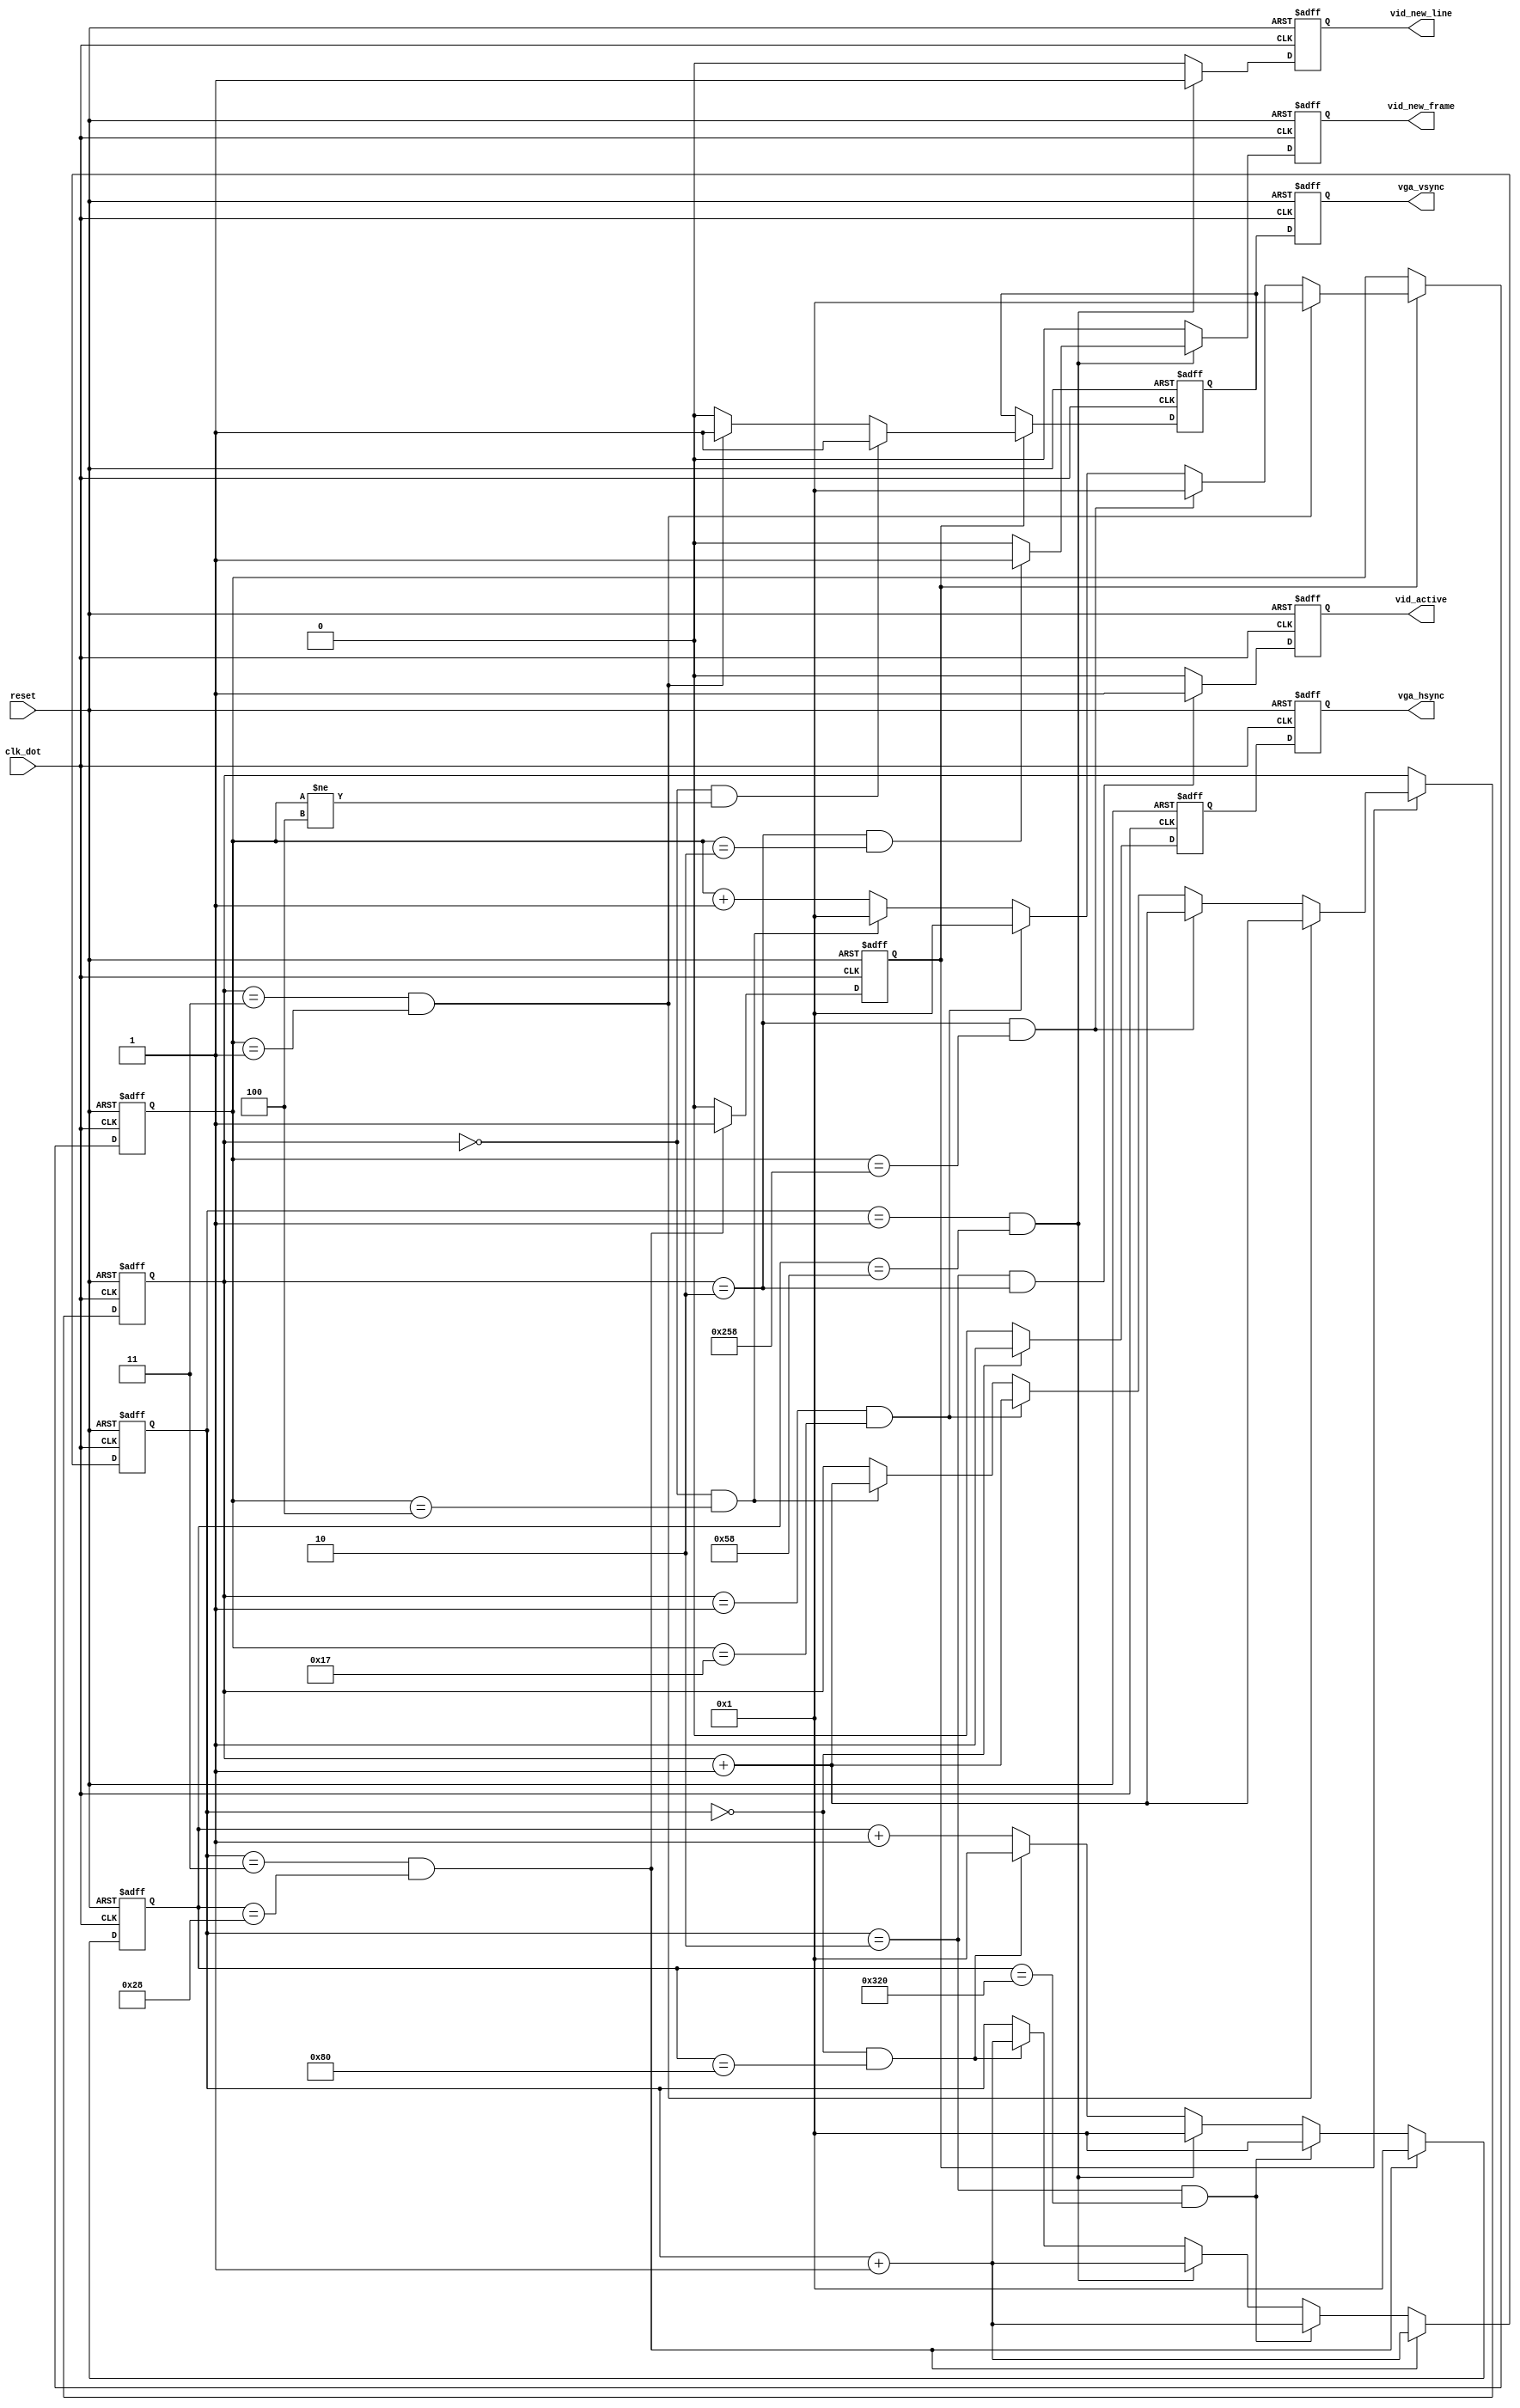
/* ****************************************************************************
-- (C) Copyright 2013 Kevin M. Hubbard @ Black Mesa Labs - All rights reserved.
-- Source file: vga_timing.v         
-- Date:        April 20, 2013
-- Author:      khubbard
-- Description: Generate Analog VGA Timing signals
-- Language:    Verilog-2001 and VHDL-1993
-- Simulation:  Mentor-Modelsim 
-- Synthesis:   Xilinst-XST 
-- License:     This project is licensed with the CERN Open Hardware Licence
--              v1.2.  You may redistribute and modify this project under the
--              terms of the CERN OHL v.1.2. (http://ohwr.org/cernohl).
--              This project is distributed WITHOUT ANY EXPRESS OR IMPLIED
--              WARRANTY, INCLUDING OF MERCHANTABILITY, SATISFACTORY QUALITY
--              AND FITNESS FOR A PARTICULAR PURPOSE. Please see the CERN OHL
--              v.1.2 for applicable Conditions.
--                               
-- Binary              
--      --------  2.5V  ----------  4V          Node
--     |  FPGA  |----->| 74ACT245 |----[220ohm]--+--[100ohm]-GND : Red  0,0.7V
--     |        |----->|          |----[220ohm]--+--[100ohm]-GND : Grn  0,0.7V
--     |        |----->|          |----[220ohm]--+--[100ohm]-GND : Blu  0,0.7V
--     |        |----->|          |------------------------------> HSYNC   
--     |        |----->|  VCC=5V  |------------------------------> VSYNC   
--      --------        ----------              
--
-- 2 Shades
--           R(0)----->| 74ACT245 |----[560ohm]--+--[100ohm]-GND : Red at +
--           R(1)----->|          |----[560ohm]--+               : Grn at +
--
-- Note: Monitor has 75 termination for all signals, so the resistor divider
--       was adjusted to get 0.7V Max on the line. Assert R(0) and R(1) for
--       bright Red, or just one for a dimmer Red.
--
-- Video Timing:
--                |-BP-|Active Video|-FP|   
--       SYNC __/ \_____________________/ \_
--
--                       HSYNC BP   H    FP  Htotal  VSYNC BP  V    FP Vtotal
-- 800x600    40MHz 60Hz 128   88  800   40  1056    4     23 600   1  628
-- 1024x768   65MHz 60Hz 136   160 1024  24  1344    6     29 768   3  806 
-- 1280x1024 108MHz 60Hz 112   248 1280  48  1688    3     38 1024  1  1066
--  640x1024  54MHz 60Hz  56   124  640  24   844    3     38 1024  1  1066
--
-- Odd - Does this work ??
-- 800x480    40MHz 45Hz 128   88  800  127  1143    128   32 480  127 767
--
-- Note: 40 / 10 = 4 x 27 = 108
-- 
-- ----------------------------------------------------------------------------
-- The pinout for a standard 15-pin VGA-out connector Monitor side (male plug):
-- 
-- /----------------------------------------------\
-- \        1      2      3      4      5         /
--  \                                            /
--   \   6     7      8      9      10          /
--    \                                        /
--     \   11     12     13     14     15     /
--      \------------------------------------/
--
-- 1:  Red Video    0 - 0.7V
-- 2:  Green Video  0 - 0.7V
-- 3:  Blue Video   0 - 0.7V
-- 4:  Monitor ID 2 (To video card from monitor)
-- 5:  TTL Ground (Monitor self-test, used for testing purposes only)
--
-- 6:  Red Analog Ground
-- 7:  Green Analog Ground
-- 8:  Blue Analog Ground
-- 9:  Key (Plugged hole, not used for electronic signals)
-- 10: Sync Ground (For both sync pins)
--
-- 11: Monitor ID 0 (To video card from monitor)
-- 12: Monitor ID 1 (To video card from monitor)
-- 13: Horizontal Sync (To monitor from video card) 0 or 5.0V
-- 14: Vertical Sync (To monitor from video card)   0 or 5.0V
-- 15: Monitor ID 3 (To video card from monitor)
--
--
-- vid_active    ___/     \_____/     \____/     \______/  ....   / \___/ \___
-- vid_new_frame _/ \___________________________________________________/ \___
-- vid_new_line  _/ \________/ \_________/ \_________/ \__ .... / \_____/ \___
--                 0          1           2           3        1023
--
-- VGA to HDMI Converter $25 from Amazon
-- IO Crest VGA to HDMI Convertor with Audio support (SY-ADA31025). 
-- Supports Resolutions:
--   800x600   
--  1024x768 1280x720 1280x800 1280x960 1280x1024
--  1360x768
--  1600x900 1600x1200 1680x1050
--  1920x1080
--
-- Lilliput 7" 669GL LCD Display
-- Native Resolution 800x480. Accepts HDMI 1920x1080
--
-- Revision History:
-- Ver#  When      Who      What
-- ----  --------  -------- ---------------------------------------------------
-- 0.1   06.20.08  khubbard Creation
-- ***************************************************************************/
`default_nettype none // Strictly enforce all nets to be declared


module vga_timing
 (
   input  wire         reset,
   input  wire         clk_dot,
   output reg          vid_new_frame,
   output reg          vid_new_line,
   output reg          vid_active,  
   output reg          vga_hsync,
   output reg          vga_vsync
 );// module vga_timing

// 800x600 40MHz 60Hz
`define def_h_sync     16'd128
`define def_h_bp       16'd88 
`define def_h_actv     16'd800
`define def_h_fp       16'd40
`define def_h_total    16'd1056
`define def_v_sync     16'd4  
`define def_v_bp       16'd23 
`define def_v_actv     16'd600
`define def_v_fp       16'd1 
`define def_v_total    16'd628 

// 1280x1024 108MHz 60Hz
/*
`define def_h_sync     16'd112
`define def_h_bp       16'd248
`define def_h_actv     16'd1280
`define def_h_fp       16'd48
`define def_h_total    16'd1688
`define def_v_sync     16'd3  
`define def_v_bp       16'd38 
`define def_v_actv     16'd1024
`define def_v_fp       16'd1 
`define def_v_total    16'd1066
*/

/* Attempt at 480p with 27.7MHz 60 Hz */
/* From http://www.3dexpress.de/displayconfigx/timings.html */
/*
`define def_h_sync     16'd40 
`define def_h_bp       16'd96 
`define def_h_actv     16'd720
`define def_h_fp       16'd24
`define def_h_total    16'd880 

`define def_v_sync     16'd3  
`define def_v_bp       16'd32 
`define def_v_actv     16'd480
`define def_v_fp       16'd10
`define def_v_total    16'd525 
*/

`define state_h_sync   2'd0
`define state_h_bp     2'd1
`define state_h_actv   2'd2
`define state_h_fp     2'd3

`define state_v_sync   2'd0
`define state_v_bp     2'd1
`define state_v_actv   2'd2
`define state_v_fp     2'd3

 reg  [15:0]   cnt_h;
 reg  [15:0]   cnt_v;
 reg  [1:0]    fsm_h;
 reg  [1:0]    fsm_v;
 reg           hsync_loc;
 reg           vsync_loc;
 reg           vsync_loc_p1;
 reg           h_rollover;


//-----------------------------------------------------------------------------
// Flop the outputs
//-----------------------------------------------------------------------------
always @ (posedge clk_dot  or posedge reset ) begin : proc_dout
 if ( reset == 1 ) begin
   vga_hsync    <= 1'b0;
   vga_vsync    <= 1'b0;
   vsync_loc_p1 <= 1'b0;
 end else begin
   vga_hsync    <= hsync_loc;
   vga_vsync    <= vsync_loc;
   vsync_loc_p1 <= vsync_loc;
 end
end

                                                                                
//-----------------------------------------------------------------------------
// VGA State Machine for Horizontal Timing
//-----------------------------------------------------------------------------
always @ (posedge clk_dot  or posedge reset ) begin : proc_vga_h
 if ( reset == 1 ) begin
   hsync_loc     <= 1'b0;
   vid_new_line  <= 1'b0;
   vid_new_frame <= 1'b0;
   vid_active    <= 1'b0;
   cnt_h         <= 16'd1;
   fsm_h         <= `state_h_sync;
   h_rollover    <= 1'b1;
 end else begin
   h_rollover    <= 1'b0;
   vid_new_line  <= 1'b0;
   vid_new_frame <= 1'b0;
   vid_active    <= 1'b0;
   hsync_loc     <= 1'b0;          // Default to HSYNC OFF
   cnt_h         <= cnt_h + 16'd1; // Default to counting

   if ( fsm_h == `state_h_sync ) begin
     hsync_loc  <= 1'b1;
   end
   if ( fsm_h == `state_h_actv && fsm_v == `state_v_actv ) begin
     vid_active   <= 1'b1;
   end

   if ( fsm_h == `state_h_sync && cnt_h == `def_h_sync ) begin
     cnt_h        <= 16'd1;
     fsm_h        <= fsm_h + 2'd1;
   end
   if ( fsm_h == `state_h_bp   && cnt_h == `def_h_bp   ) begin
     cnt_h        <= 16'd1;
     fsm_h        <= fsm_h + 2'd1;
     vid_new_line <= 1'b1;
     if ( fsm_v == `state_v_actv && cnt_v == 16'd2 ) begin
       vid_new_frame <= 1'b1;
     end
   end
   if ( fsm_h == `state_h_actv   && cnt_h == `def_h_actv ) begin
     cnt_h        <= 16'd1;
     fsm_h        <= fsm_h + 2'd1;
   end
   if ( fsm_h == `state_h_fp     && cnt_h == `def_h_fp   ) begin
     cnt_h        <= 16'd1;
     fsm_h        <= fsm_h + 2'd1;
     h_rollover   <= 1'b1;
   end
 end
end // proc_vga_h   


//-----------------------------------------------------------------------------
// VGA State Machine for Vertical Timing
//-----------------------------------------------------------------------------
always @ (posedge clk_dot  or posedge reset ) begin : proc_vga_v
 if ( reset == 1 ) begin
   cnt_v      <= 16'd1;
   vsync_loc  <= 1'b0;
   fsm_v      <= `state_v_fp;
 end else begin
   if ( h_rollover == 1'b1 ) begin
     cnt_v     <= cnt_v + 16'd1; // Default to counting
     vsync_loc <= 1'b0;          // Default to VSYNC OFF
     if ( fsm_v == `state_v_sync && cnt_v == `def_v_sync ) begin
       cnt_v <= 16'd1;
       fsm_v <= fsm_v + 2'd1;
     end
     if ( fsm_v == `state_v_bp   && cnt_v == `def_v_bp   ) begin
       cnt_v <= 16'd1;
       fsm_v <= fsm_v + 2'd1;
     end
     if ( fsm_v == `state_v_actv && cnt_v == `def_v_actv ) begin
       cnt_v <= 16'd1;
       fsm_v <= fsm_v + 2'd1;
     end
     if ( fsm_v == `state_v_fp   && cnt_v == `def_v_fp ) begin
       cnt_v      <= 16'd1;
       fsm_v      <= fsm_v + 2'd1;
       vsync_loc  <= 1'b1;
     end

     if ( fsm_v == `state_v_sync && cnt_v != `def_v_sync ) begin
       vsync_loc  <= 1'b1;
     end
   end
 end
end // proc_vga_v   
                                                                                

endmodule // vga_timing